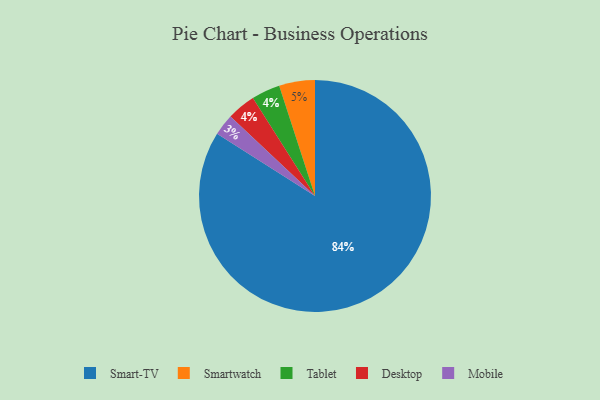
{"axis": {"x": "Category", "y": "Percentage"}, "legend": ["Desktop", "Mobile", "Smart-TV", "Smartwatch", "Tablet"], "data": [{"x": "Smart-TV", "y": 84, "type": "Smart-TV"}, {"x": "Tablet", "y": 4, "type": "Tablet"}, {"x": "Desktop", "y": 4, "type": "Desktop"}, {"x": "Mobile", "y": 3, "type": "Mobile"}, {"x": "Smartwatch", "y": 5, "type": "Smartwatch"}]}